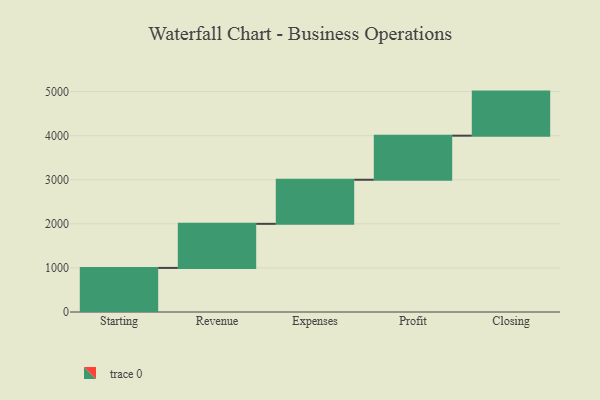
{"axis": {"x": "Step", "y": "Value"}, "legend": [""], "data": [{"x": "Starting", "y": 1000, "type": ""}, {"x": "Revenue", "y": 1000, "type": ""}, {"x": "Expenses", "y": 1000, "type": ""}, {"x": "Profit", "y": 1000, "type": ""}, {"x": "Closing", "y": 1000, "type": ""}]}